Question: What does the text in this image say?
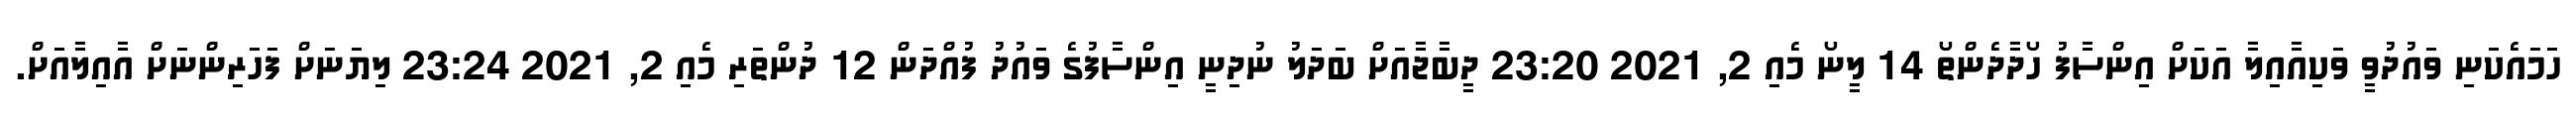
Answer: ހަމައެކަނި ވައުދުވީ ވަކިއާއިލާ އަކަށް އިންސާފު ހޯދާދެންތޯ 14 ލީނޯ މެއި 2, 2021 23:20 ދީބާޖާއަށް ބަދަލު ނުދިނީ އިންސާފުގެ ވައުދު ފުއްދަން 12 ދުންތަރި މެއި 2, 2021 23:24 ލިޔަނަށް ފަހަރިންނަށް އާއިލާއަށް.